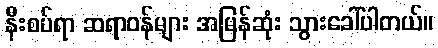
နီးစပ်ရာ ဆရာဝန်များ အမြန်ဆုံး သွားခေါ်ပါတယ်။